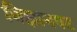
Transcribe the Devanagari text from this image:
विज्ञानपट